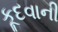
કૂદવાની